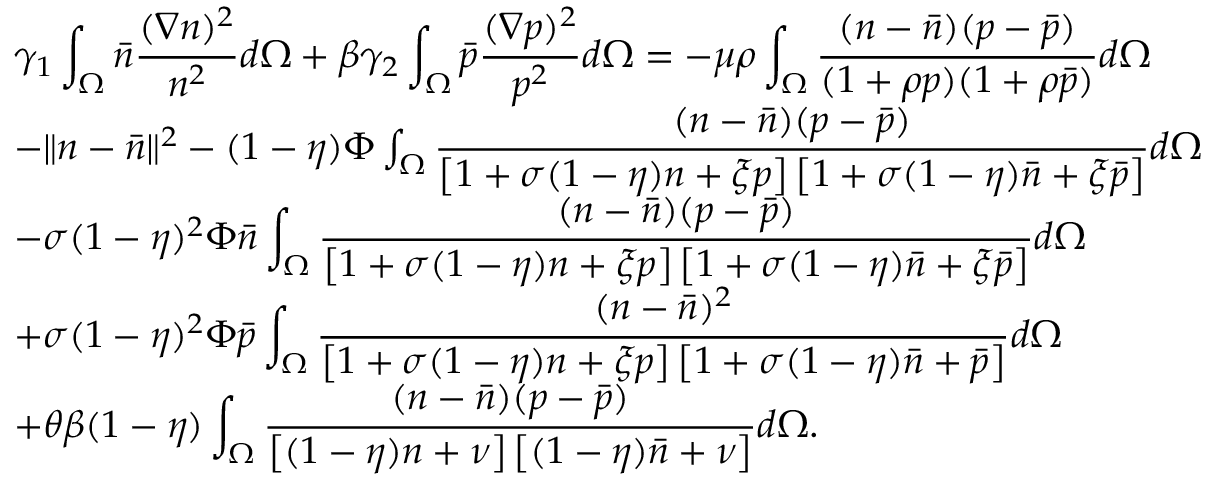
\begin{array} { l } { \gamma _ { 1 } \displaystyle \int _ { \Omega } \bar { n } \displaystyle \frac { ( \nabla n ) ^ { 2 } } { n ^ { 2 } } d \Omega + \beta \gamma _ { 2 } \displaystyle \int _ { \Omega } \bar { p } \displaystyle \frac { ( \nabla p ) ^ { 2 } } { p ^ { 2 } } d \Omega = - \mu \rho \displaystyle \int _ { \Omega } \displaystyle \frac { ( n - \bar { n } ) ( p - \bar { p } ) } { ( 1 + \rho p ) ( 1 + \rho \bar { p } ) } d \Omega } \\ { - \| n - \bar { n } \| ^ { 2 } - ( 1 - \eta ) \Phi \int _ { \Omega } \displaystyle \frac { ( n - \bar { n } ) ( p - \bar { p } ) } { \left[ 1 + \sigma ( 1 - \eta ) n + \xi p \right] \left[ 1 + \sigma ( 1 - \eta ) \bar { n } + \xi \bar { p } \right] } d \Omega } \\ { - \sigma ( 1 - \eta ) ^ { 2 } \Phi \bar { n } \displaystyle \int _ { \Omega } \displaystyle \frac { ( n - \bar { n } ) ( p - \bar { p } ) } { \left[ 1 + \sigma ( 1 - \eta ) n + \xi p \right] \left[ 1 + \sigma ( 1 - \eta ) \bar { n } + \xi \bar { p } \right] } d \Omega } \\ { + \sigma ( 1 - \eta ) ^ { 2 } \Phi \bar { p } \displaystyle \int _ { \Omega } \displaystyle \frac { ( n - \bar { n } ) ^ { 2 } } { \left[ 1 + \sigma ( 1 - \eta ) n + \xi p \right] \left[ 1 + \sigma ( 1 - \eta ) \bar { n } + \bar { p } \right] } d \Omega } \\ { + \theta \beta ( 1 - \eta ) \displaystyle \int _ { \Omega } \displaystyle \frac { ( n - \bar { n } ) ( p - \bar { p } ) } { \left[ ( 1 - \eta ) n + \nu \right] \left[ ( 1 - \eta ) \bar { n } + \nu \right] } d \Omega . } \end{array}